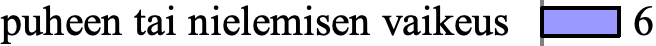
puheen tai nielemisen vaikeus 6